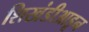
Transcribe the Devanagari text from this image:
शिखंडीआडून